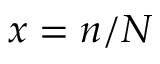
x = n / N